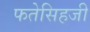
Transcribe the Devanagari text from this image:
फतेसिहजी